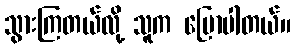
သွားကြတယ်လို့ သူက ပြောပါတယ်။